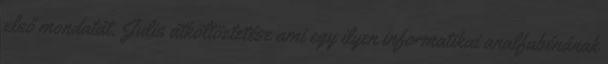
első mondatát. Julis átköltöztetése ami egy ilyen informatikai analfabénának